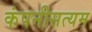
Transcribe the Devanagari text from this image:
कंपनीसत्यम